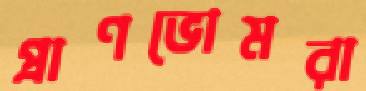
প্রাণভোমরা